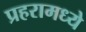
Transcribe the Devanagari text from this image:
प्रहरामध्ये